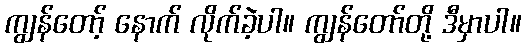
ကျွန်တော့် နောက် လိုက်ခဲ့ပါ။ ကျွန်တော်တို့ ဒီမှာပါ။